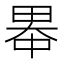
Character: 𪽓